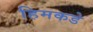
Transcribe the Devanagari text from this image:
हिमकडे